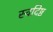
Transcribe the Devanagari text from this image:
स्वदिष्ठ